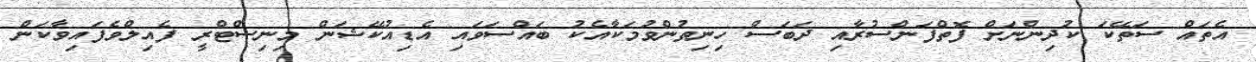
އެތައް ސަތޭކަ ކުދިންނަށް ފޮތްފަންސުރާއި ދަބަސް ހިނިތުންވުމަކާއެކު ބައްސަވައި އެޑިއުކޭޝަން މިނިސްޓްރީ ފެއިލްވެފައިވާކަން